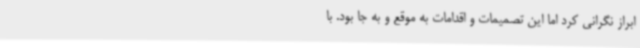
ابراز نگرانی کرد اما این تصمیمات و اقدامات به موقع و به جا بود. با